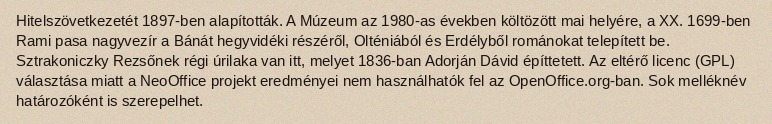
Hitelszövetkezetét 1897-ben alapították. A Múzeum az 1980-as években költözött mai helyére, a XX. 1699-ben Rami pasa nagyvezír a Bánát hegyvidéki részéről, Olténiából és Erdélyből románokat telepített be. Sztrakoniczky Rezsőnek régi úrilaka van itt, melyet 1836-ban Adorján Dávid építtetett. Az eltérő licenc (GPL) választása miatt a NeoOffice projekt eredményei nem használhatók fel az OpenOffice.org-ban. Sok melléknév határozóként is szerepelhet.